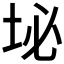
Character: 𪣊